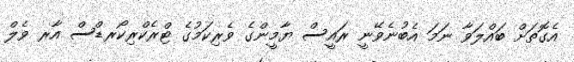
އެގޮތަށް ބައްލަވާ ނަމަ އެބުނެވޭނީ ރައީސް ޔާމީންގެ ވެރިކަމުގެ ޓްރެކްރިކޯރޑްސް އާރ ވެލް